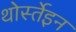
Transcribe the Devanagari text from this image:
थोर्स्तेइन